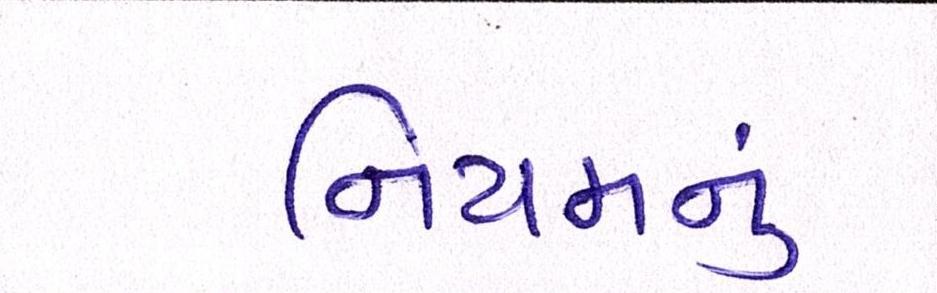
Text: નિયમનું